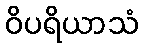
ဝိပရိယာသံ